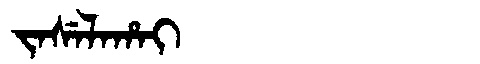
Manchu: ᠵᠠᠰᡝᠯᠠᡥᠠᡳ
Romanization: JASELAHAI